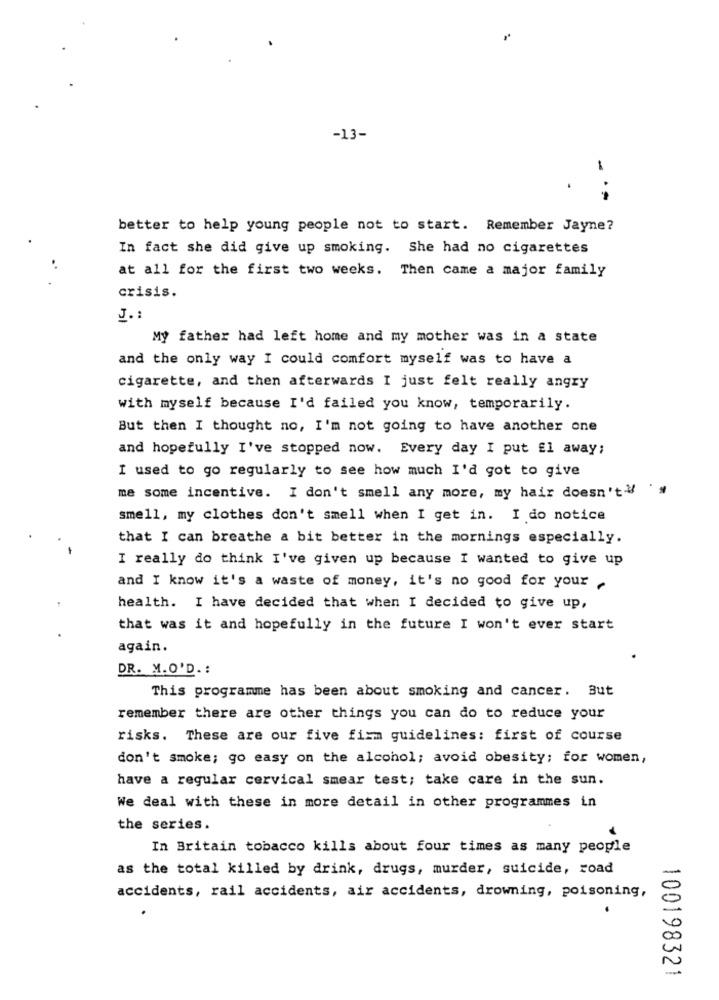
-13-
better to help young people not to start. Remember Jayne?
In fact she did give up smoking. She had no cigarettes
at all for the first two weeks. Then came a major family
crisis.
J .:
My father had left home and my mother was in a state
and the only way I could comfort myself was to have a
cigarette, and then afterwards I just felt really angry
with myself because I'd failed you know, temporarily.
But then I thought no, I'm not going to have another one
and hopefully I've stopped now. Every day I put El away;
I used to go regularly to see how much I'd got to give
me some incentive. I don't smell any more, my hair doesn't
smell, my clothes don't smell when I get in. I do notice
that I can breathe a bit better in the mornings especially.
I really do think I've given up because I wanted to give up
and I know it's a waste of money, it's no good for your
health. I have decided that when I decided to give up,
that was it and hopefully in the future I won't ever start
again.
DR. M.O'D. :
This programme has been about smoking and cancer. But
remember there are other things you can do to reduce your
risks. These are our five firm guidelines: first of course
don't smoke; go easy on the alcohol; avoid obesity; for women,
have a regular cervical smear test; take care in the sun.
We deal with these in more detail in other programmes in
the series.
In Britain tobacco kills about four times as many people
as the total killed by drink, drugs, murder, suicide, road
accidents, rail accidents, air accidents, drowning, poisoning,
100198321